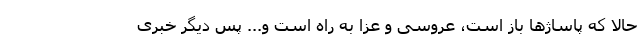
حالا که پاساژها باز است، عروسی و عزا به راه است و... پس دیگر خبری